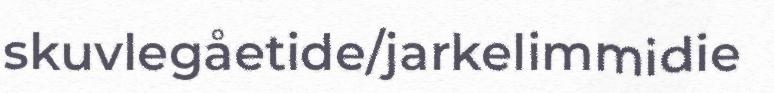
skuvlegåetide/jarkelimmidie